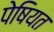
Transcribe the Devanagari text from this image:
पेषियत